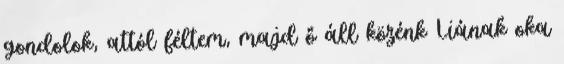
gondolok, attól féltem, majd ő áll közénk Liának oka